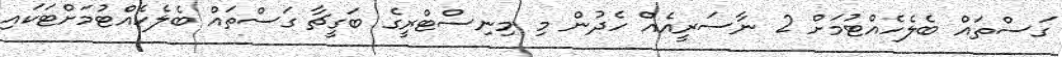
ގަސްތައް ބެލެހެއްޓުމަށް 2 ނާސަރީއެއް ހެދުން މި މިނިސްޓްރީގެ ބަގީޗާ ގަސްތައް ބެލެހެއްޓުމަށްޓަކައި